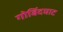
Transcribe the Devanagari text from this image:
गोबिंदघाट